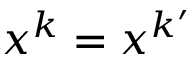
x ^ { k } = x ^ { k ^ { \prime } }